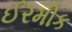
ઈરમીક